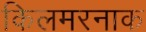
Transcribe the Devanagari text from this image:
किलमरनाक